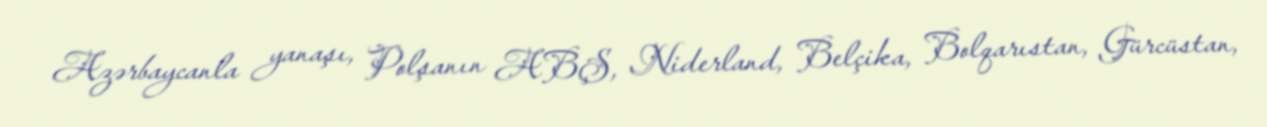
Azərbaycanla yanaşı, Polşanın ABŞ, Niderland, Belçika, Bolqarıstan, Gürcüstan,